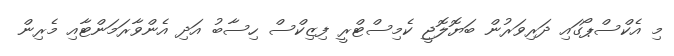
މި އެކްސްޕޯގައި ދަރިވަރުން ބަޔޮލޮޖީ ކެމިސްޓްރީ ފިޒިކްސް ހިސާބު އަދި އެންވާރަމަންޓާއި މެރިން